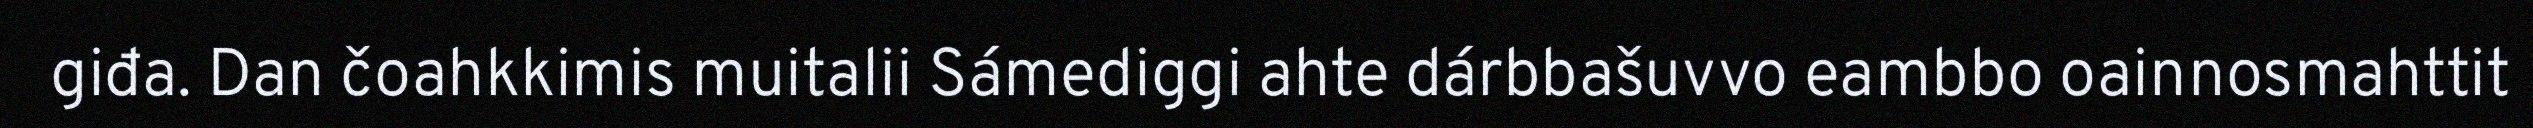
giđa. Dan čoahkkimis muitalii Sámediggi ahte dárbbašuvvo eambbo oainnosmahttit